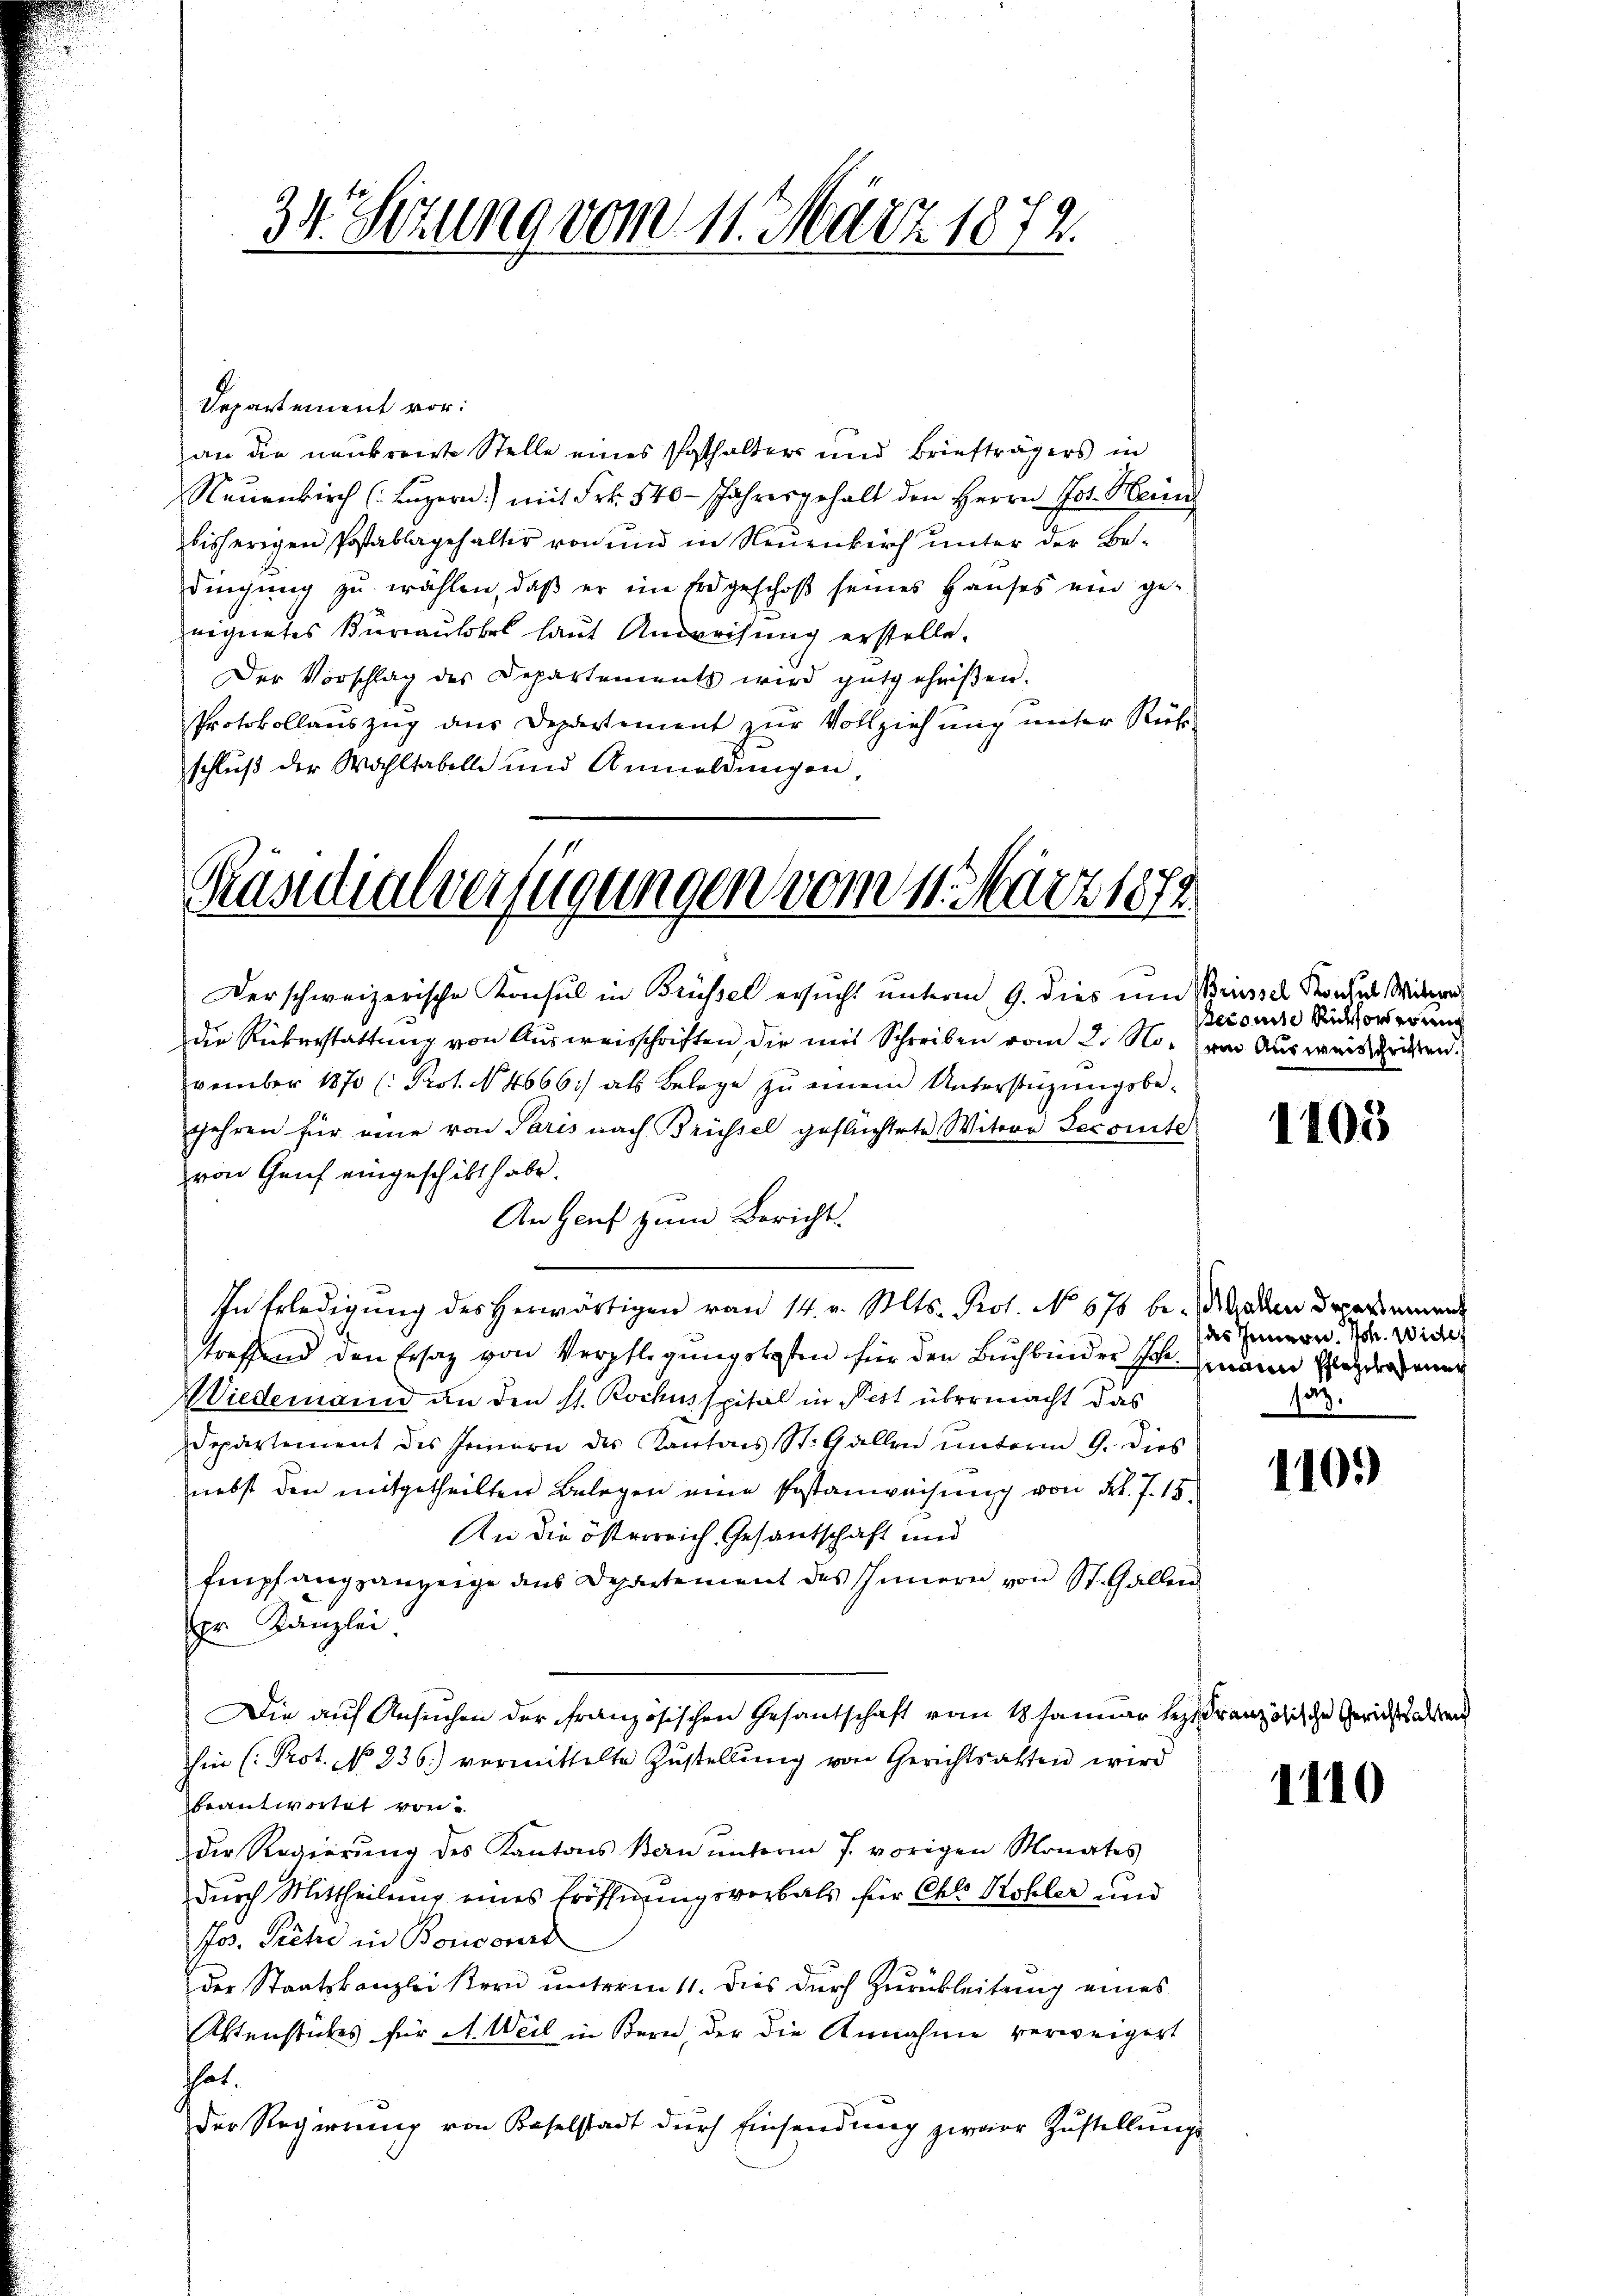
34. Setzung vom 11. März 1872.

Departement vor:
an die neukreiste Stelle eines Posthalters und Briefträgers in
Neuenkirch (Luzern) mit Frk. 540 - Jahresgehalt den Herrn Jos. Hein
bisherigen Postablagehalter von und in Neuenkirch unter der Bedingung zu wählen, daß er im Erdgeschoß seines Hauses ein ge-
eignetes Bureaulobel laut Anweisung erstelle.
Der Vorschlag des Departements wird gutgeheißen.
Protokollauszug aus Departement zur Vollziehung unter Rück-
schluß der Wahltabelle und Anmeldungen

Präsidialverfügungen vom 11. März 1874

Derschweizerische Konsul in Brüssel ersucht unterm 9. dies um Vriessel Konses Mitw
die Rückerstattung von Ausweisschriften die mit Schreiben vom 2. No. von Ausweisschritten.
vember 1870 (: Prot. N. 4666.) als Belege zŭ einem Unterstüzungsbe-
gehren für eine von Paris nach Brüssel geflüchtete Witwe Jecomite
von Genf eingeschickt habe.
An Genf zum Bericht.

In Erledigŭng des herwärtigen von 14. v. Mts. Prot. No. 670 beladen drekamen
treffend den Ersaz von Verpflegungskosten für den Buchbinder Joh. waren Elendener
Wiedemann an den s. Rochusspital in Pest übermacht das
Departement des Innern des Kantons St. Gallen unterm 9. dies
nebst den mitgetheilten Belegen eine Postanweisung von Frk. 7. 15.
An die österreich, Gesantschaft und
Empfangsanzeige aus Departement des Innern von St. Gallen
pr. Kanzlei.
Die auf Ansuchen der französischen Gesantschaft vom 18. Januar lezt Französische Gerichts an
hin (Prot. No 236.) vermittelte Zustellung von Gerichtsatten wird
beantwortet von
Der Regierŭng des Kantons Bau unterm 7. vorigen Monates
durch Mittheilung eines Eröffnungsverbals für Chlo Kohler und
Jos. Piche in Bovisorirt
der Staatskanzlei Bern unterm 11. Dies durch Zurückleitung eines
Aktenstückes für A. Weil in Bern, der die Annahme verweigert
hat.
der Regierung von Baselstadt durch Einsendung zwarr Zustellungs

Beronin Richtorderung

1103

des Innern. Joh. Wieder
sag.

110.)

1110